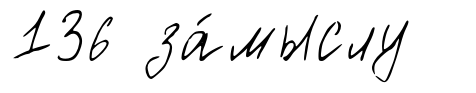
136 за́мыслу